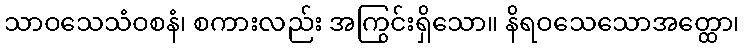
သာဝသေသံဝစနံ၊ စကားလည်း အကြွင်းရှိသော။ နိရဝသေသောအတ္ထော၊